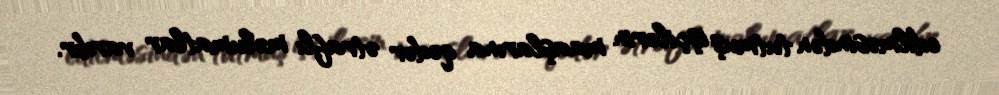
edilməsindən tutmuş işçilərin maaşlarına qədər ətraflı məlumatlar vardır.